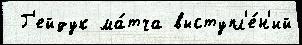
 Г'ейдук ма́тча выступл'е́н'ий